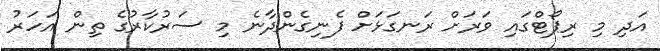
އަދި މި ރިޕޯޓްގައި ވަރަށް ރަނގަޅަށް ފެނިގެންދާނެ މި ސަރުކާރުގެ ތިން އަހަރު